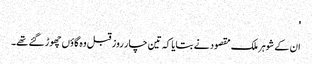
'
ان کے شوہر ملک مقصود نے بتایا کہ تین چار روز قبل وہ گاؤں چھوڑ گئے تھے۔